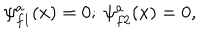
LaTeX: \psi _ { f 1 } ^ { a } ( x ) = 0 ; \ \psi _ { f 2 } ^ { a } ( x ) = 0 ,